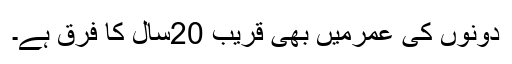
دونوں کی عمرمیں بھی قریب 20سال کا فرق ہے۔